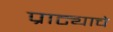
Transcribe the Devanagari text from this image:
प्राट्याचे